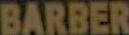
BARBER